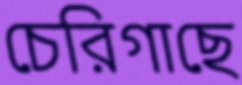
চেরিগাছে